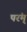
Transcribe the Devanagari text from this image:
परंम्